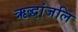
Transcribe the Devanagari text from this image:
ऋद्धांजलि